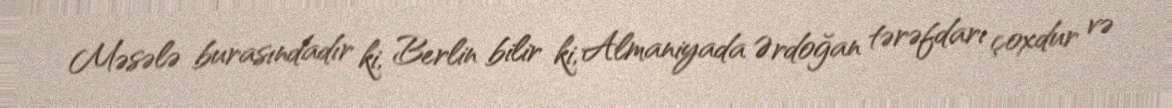
Məsələ burasındadır ki, Berlin bilir ki, Almaniyada Ərdoğan tərəfdarı çoxdur və